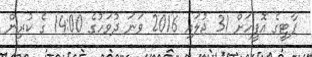
ޕާޓީގެ އޮފީހަށް 31 ޖުލައި 2016 ވަނަ ދުވަހުގެ 14:00 ގެ ކުރިން